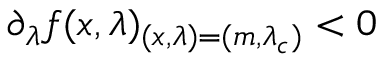
\partial _ { \lambda } f ( x , \lambda ) _ { ( x , \lambda ) = ( m , \lambda _ { c } ) } < 0